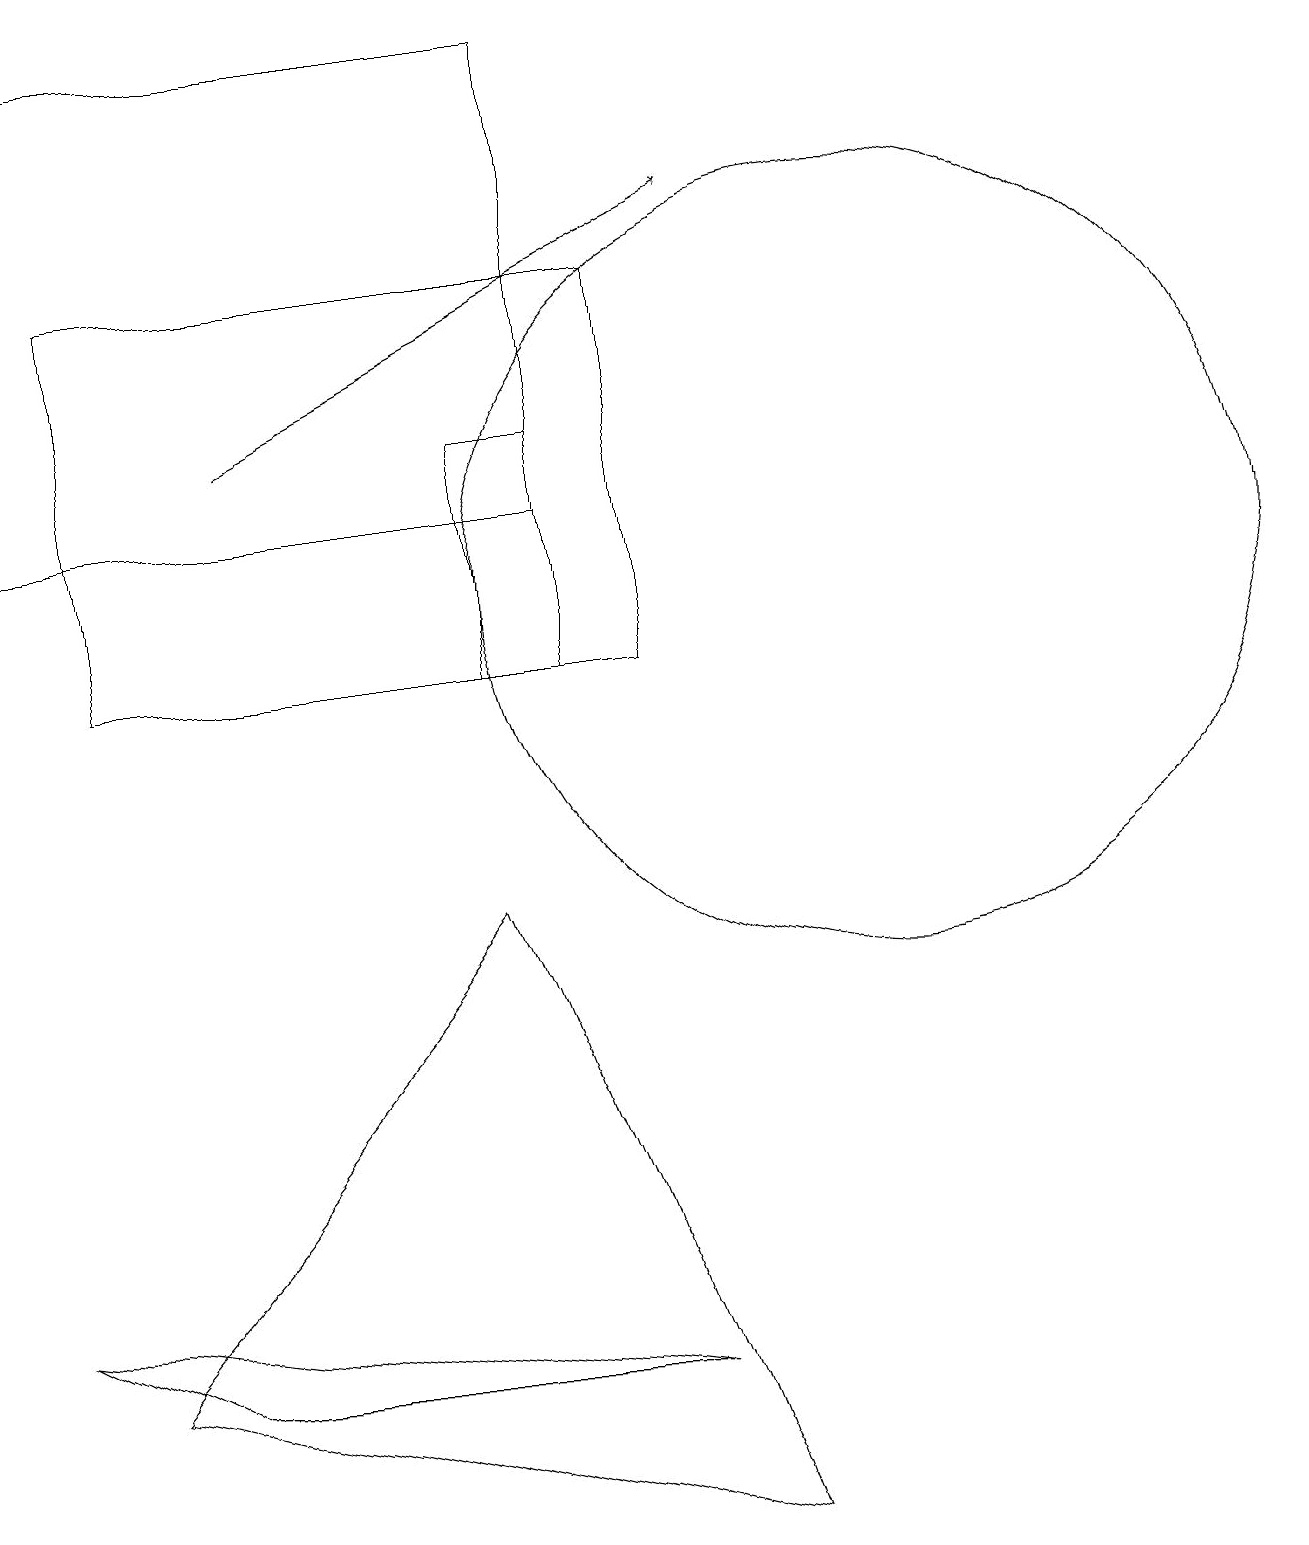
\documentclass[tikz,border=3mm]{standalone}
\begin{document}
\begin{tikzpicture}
\draw (1,16) rectangle (8,11);
\draw (0,19) rectangle (7,13);
\draw (11,12) circle (5);
\draw[->] (3,14) -- (9,17);
\draw (6,11) rectangle (7,14);
\draw (8,2) -- (2,2) -- (0,3) -- cycle;
\draw (9,0) -- (1,2) -- (6,8) -- cycle;
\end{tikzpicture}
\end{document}